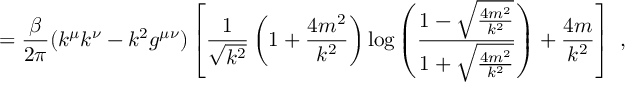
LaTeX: = \frac { \beta } { 2 \pi } ( k ^ { \mu } k ^ { \nu } - k ^ { 2 } g ^ { \mu \nu } ) \left[ \frac { 1 } { \sqrt { k ^ { 2 } } } \left( 1 + \frac { 4 m ^ { 2 } } { k ^ { 2 } } \right) \log \left( \frac { 1 - \sqrt { \frac { 4 m ^ { 2 } } { k ^ { 2 } } } } { 1 + \sqrt { \frac { 4 m ^ { 2 } } { k ^ { 2 } } } } \right) + \frac { 4 m } { k ^ { 2 } } \right] \, \, ,